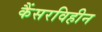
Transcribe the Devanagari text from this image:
कैंसरविहीन